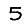
Digit: 5